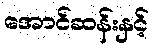
အောင်ဆန်းနှင့်